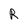
Character: R